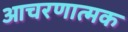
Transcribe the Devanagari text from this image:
आचरणात्मक